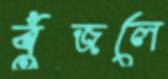
বুঁজলে